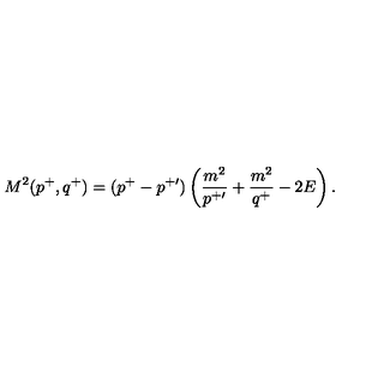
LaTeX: M ^ { 2 } ( p ^ { + } , q ^ { + } ) = ( p ^ { + } - p ^ { + \prime } ) \left( { \frac { m ^ { 2 } } { p ^ { + \prime } } } + { \frac { m ^ { 2 } } { q ^ { + } } } - 2 E \right) .